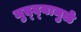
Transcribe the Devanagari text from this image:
मुद्‌द्‌यामुळे